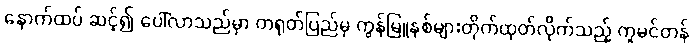
နောက်ထပ် ဆင့်၍ ပေါ်လာသည်မှာ တရုတ်ပြည်မှ ကွန်မြူနစ်များတိုက်ထုတ်လိုက်သည့် ကူမင်တန်